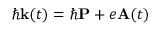
\hbar { \bf k } ( t ) = \hbar { \bf P } + e { \bf A } ( t )